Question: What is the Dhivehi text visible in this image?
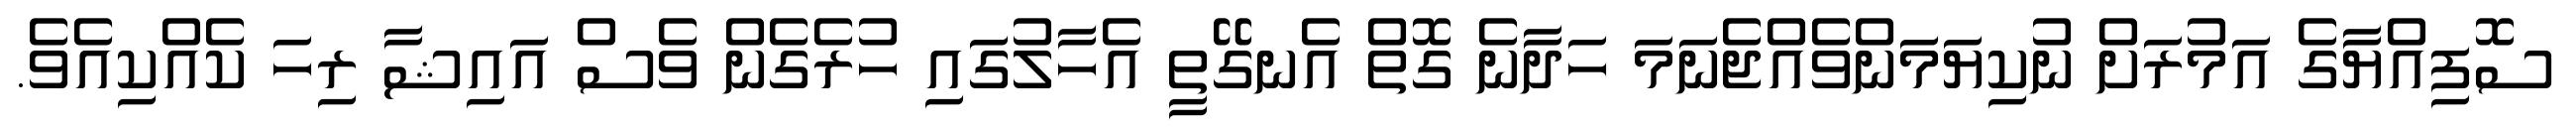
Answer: ސޮފިއްޔާގެ އަމުރަށް ނުކިޔަމަންވެއްޖެނަމަ ހަދާނެ ގޮތް އެނގޭތީ އެހާލުގައި ހުރެގެން ވެސް އައިޝާ ރިހަ ކެއްކިއެވެ.